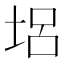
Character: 𡋿